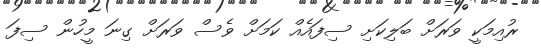
ރުއިމަކީ ވަރަށް ބަލިކަށި ސިފައެއް ކަމަށް ވެސް ވަރަށް ގިނަ މީހުން ސިފަ